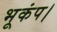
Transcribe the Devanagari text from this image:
भूकंप।